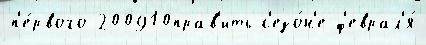
п'е́рвого 200910прав'ить с'езо́н'е ф'еврал'я́